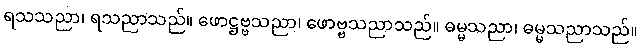
ရသသညာ၊ ရသညာသည်။ ဖောဋ္ဌဗ္ဗသညာ၊ ဖောဗ္ဗသညာသည်။ ဓမ္မသညာ၊ ဓမ္မသညာသည်။